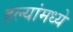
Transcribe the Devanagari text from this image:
हल्यांमध्ये